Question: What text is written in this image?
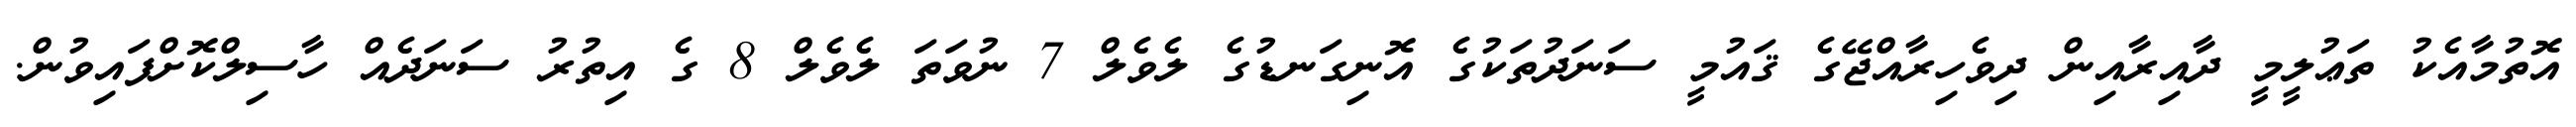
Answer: އޮތުމާއެކު ތަޢުލީމީ ދާއިރާއިން ދިވެހިރާއްޖޭގެ ޤައުމީ ސަނަދުތަކުގެ އޮނިގަނޑުގެ ލެވެލް 7 ނުވަތަ ލެވެލް 8 ގެ އިތުރު ސަނަދެއް ހާސިލްކޮށްފައިވުން.